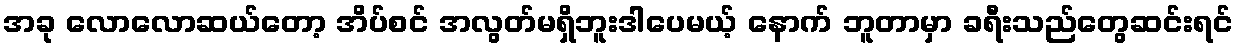
အခု လောလောဆယ်တော့ အိပ်စင် အလွတ်မရှိဘူးဒါပေမယ့် နောက် ဘူတာမှာ ခရီးသည်တွေဆင်းရင်